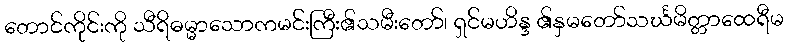
တောင်ကိုင်းကို သီရိဓမ္မာသောကမင်းကြီး၏သမီးတော်၊ ရှင်မဟိန္ဒ ၏နှမတော်သင်္ဃမိတ္တာထေရီမ